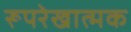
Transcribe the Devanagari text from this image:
रूपरेखात्मक